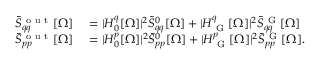
\begin{array} { r l } { \bar { S } _ { q q } ^ { \mathrm { ~ o ~ u ~ t ~ } } [ \Omega ] } & { { } = | H _ { 0 } ^ { q } [ \Omega ] | ^ { 2 } \bar { S } _ { q q } ^ { 0 } [ \Omega ] + | H _ { \mathrm { ~ G ~ } } ^ { q } [ \Omega ] | ^ { 2 } \bar { S } _ { q q } ^ { \mathrm { ~ G ~ } } [ \Omega ] } \\ { \bar { S } _ { p p } ^ { \mathrm { ~ o ~ u ~ t ~ } } [ \Omega ] } & { { } = | H _ { 0 } ^ { p } [ \Omega ] | ^ { 2 } \bar { S } _ { p p } ^ { 0 } [ \Omega ] + | H _ { \mathrm { ~ G ~ } } ^ { p } [ \Omega ] | ^ { 2 } \bar { S } _ { p p } ^ { \mathrm { ~ G ~ } } [ \Omega ] . } \end{array}